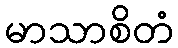
မာသာစိတံ